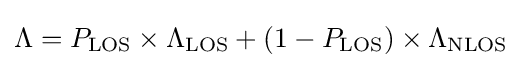
\Lambda =P_{\text{LOS}}\times \Lambda _{\text{LOS}}+(1-P_{\text{LOS}})\times \Lambda _{\text{NLOS}}